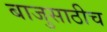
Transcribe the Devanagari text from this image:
बाजुसाठीच